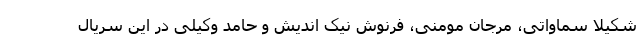
شکیلا سماواتی، مرجان مومنی، فرنوش نیک اندیش و حامد وکیلی در این سریال